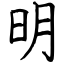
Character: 明